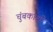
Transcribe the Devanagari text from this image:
चुंबकाशी